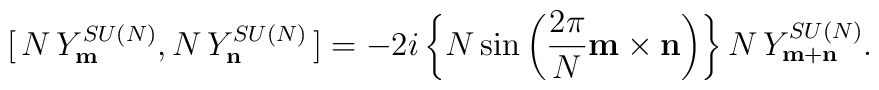
[\,N\,Y^{SU(N)}_{\bf m}, N\,Y^{SU(N)}_{\bf n}\,]  =-2i \left\{ N\sin\left(\frac{2\pi}{N}{\bf m\times n}\right)\right\}  N\,Y^{SU(N)}_{\bf m+n}.